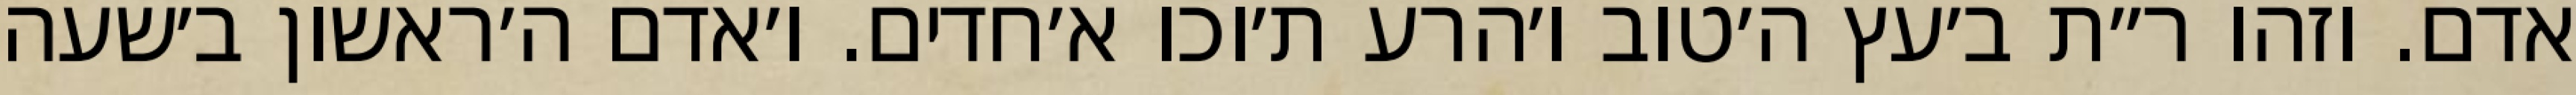
אדם. וזהו ר״ת ב׳עץ ה׳טוב ו׳הרע ת׳וכו א׳חדים. ו׳אדם ה׳ראשון ב׳שעה